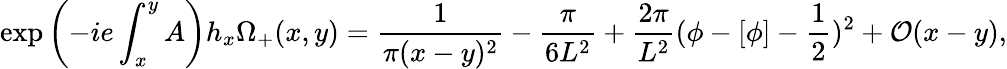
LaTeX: \exp\left(-ie\int_{x}^{y}A\right)h_{x}\Omega_{+}(x,y)=\frac{1}{\pi(x-y)^{2}}-\frac{\pi}{6L^{2}}+\frac{2\pi}{L^{2}}(\phi-[\phi]-\frac{1}{2})^{2}+{\cal O}(x-y),